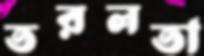
তরলতা